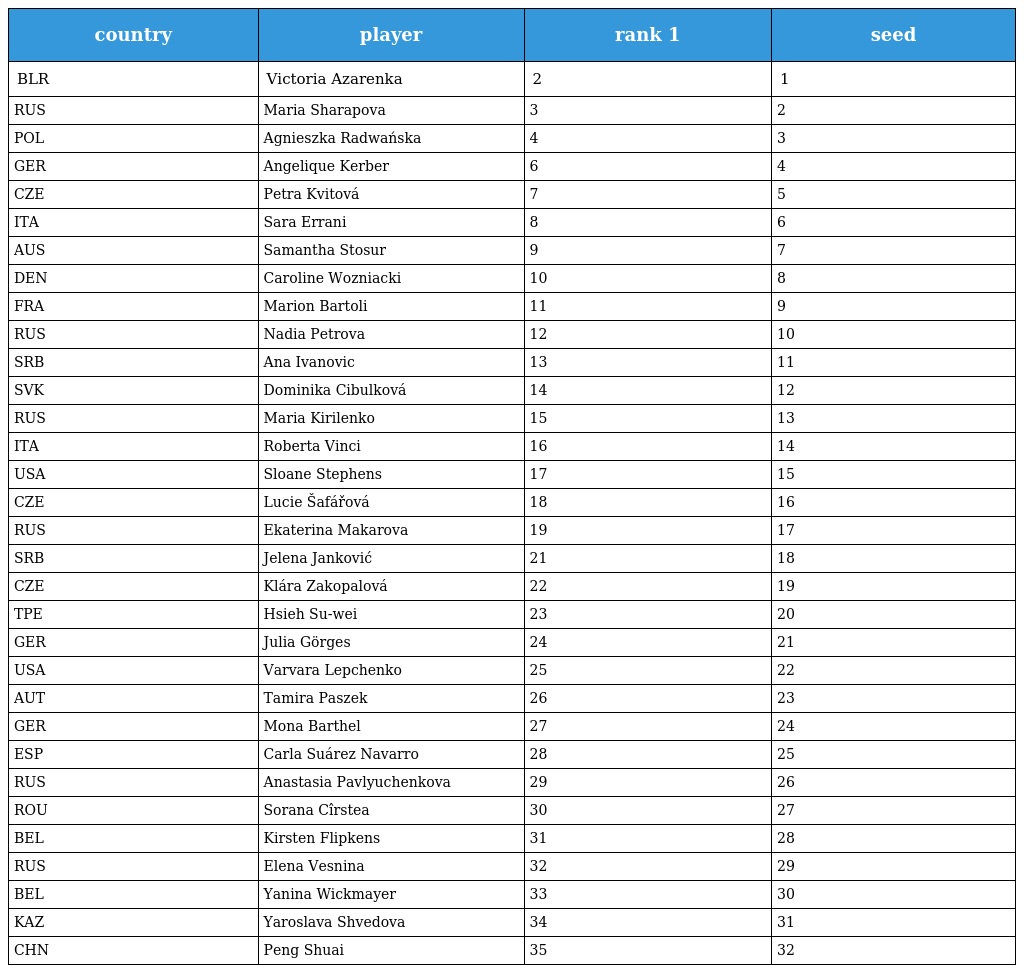
| country | player | rank 1 | seed |
 | --- | --- | --- | --- |
 | BLR | Victoria Azarenka | 2 | 1 |
 | RUS | Maria Sharapova | 3 | 2 |
 | POL | Agnieszka Radwańska | 4 | 3 |
 | GER | Angelique Kerber | 6 | 4 |
 | CZE | Petra Kvitová | 7 | 5 |
 | ITA | Sara Errani | 8 | 6 |
 | AUS | Samantha Stosur | 9 | 7 |
 | DEN | Caroline Wozniacki | 10 | 8 |
 | FRA | Marion Bartoli | 11 | 9 |
 | RUS | Nadia Petrova | 12 | 10 |
 | SRB | Ana Ivanovic | 13 | 11 |
 | SVK | Dominika Cibulková | 14 | 12 |
 | RUS | Maria Kirilenko | 15 | 13 |
 | ITA | Roberta Vinci | 16 | 14 |
 | USA | Sloane Stephens | 17 | 15 |
 | CZE | Lucie Šafářová | 18 | 16 |
 | RUS | Ekaterina Makarova | 19 | 17 |
 | SRB | Jelena Janković | 21 | 18 |
 | CZE | Klára Zakopalová | 22 | 19 |
 | TPE | Hsieh Su-wei | 23 | 20 |
 | GER | Julia Görges | 24 | 21 |
 | USA | Varvara Lepchenko | 25 | 22 |
 | AUT | Tamira Paszek | 26 | 23 |
 | GER | Mona Barthel | 27 | 24 |
 | ESP | Carla Suárez Navarro | 28 | 25 |
 | RUS | Anastasia Pavlyuchenkova | 29 | 26 |
 | ROU | Sorana Cîrstea | 30 | 27 |
 | BEL | Kirsten Flipkens | 31 | 28 |
 | RUS | Elena Vesnina | 32 | 29 |
 | BEL | Yanina Wickmayer | 33 | 30 |
 | KAZ | Yaroslava Shvedova | 34 | 31 |
 | CHN | Peng Shuai | 35 | 32 |